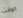
الوقت